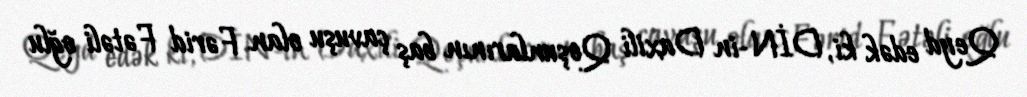
Qeyd edək ki, DİN-in Daxili Qoşunlarının baş çavuşu olan Fərid Fətəli oğlu